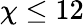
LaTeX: \chi\leq 12